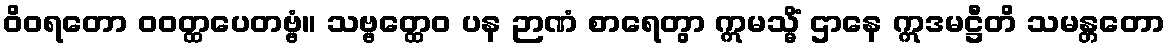
ဝိဝရတော ဝဝတ္ထပေတဗ္ဗံ။ သဗ္ဗတ္ထေဝ ပန ဉာဏံ စာရေတွာ ဣမသ္မိံ ဌာနေ ဣဒမဋ္ဌီတိ သမန္တတော